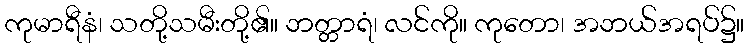
ကုမာရီနံ၊ သတို့သမီးတို့၏။ ဘတ္တာရံ၊ လင်ကို။ ကုတော၊ အဘယ်အရပ်၌။